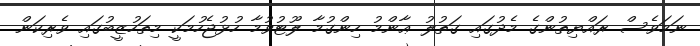
ނަމަވެސް ރައްޔިތުންގެ މެދުގައި ގަތުލު ޢާންމު ހިންގުމާ ލޫޓުވުމާ ހުޅުޖެހުމަކީ މިތަހުޒީބުގައި ވެރިކަން